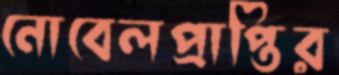
নোবেলপ্রাপ্তির